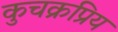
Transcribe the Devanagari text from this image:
कुचक्रप्रिय